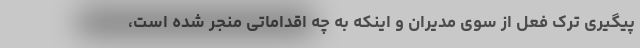
پیگیری ترک فعل از سوی مدیران و اینکه به چه اقداماتی منجر شده است،